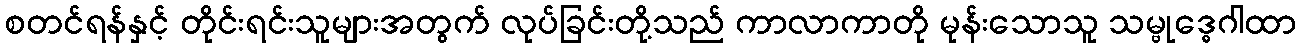
စတင်ရန်နှင့် တိုင်းရင်းသူများအတွက် လုပ်ခြင်းတို့သည် ကာလာကာတို မုန်းသောသူ သမ္ဗုဒ္ဓေဂါထာ